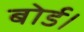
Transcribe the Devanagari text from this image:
बोर्ड।